Tezpur Lunatic Asylum reports 1877-1894 - 1877-1894
Year: 1877
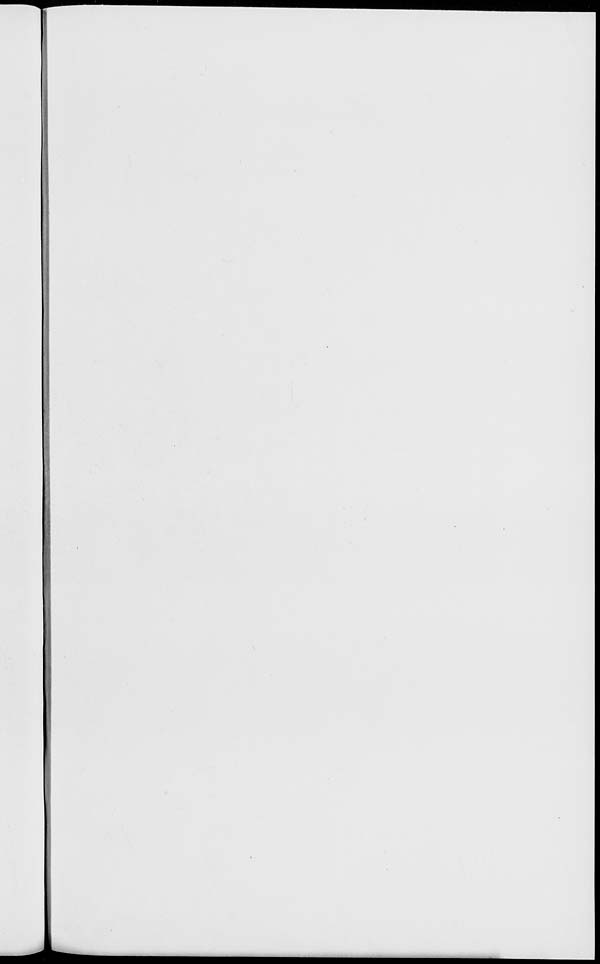
I